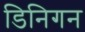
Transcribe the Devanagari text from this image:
डिनिगन